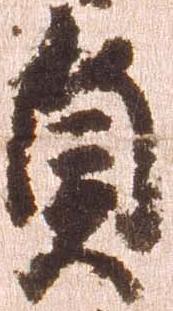
貞